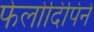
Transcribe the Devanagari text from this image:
फेलोदिपिने